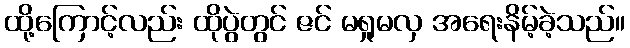
ထို့ကြောင့်လည်း ထိုပွဲတွင် ဇင် မရှုမလှ အရေးနိမ့်ခဲ့သည်။